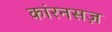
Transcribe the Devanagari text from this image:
कांरनसज़